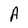
Character: A